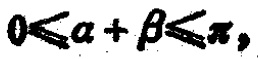
\(0\leqslant\alpha + \beta\leqslant\pi\)